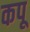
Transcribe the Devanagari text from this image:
कपू